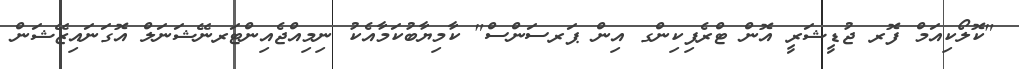
"ކޮލޯކިއަމް ފޮރ ޖުޑީޝަރީ އޮން ޓްރެފިކިންގ އިން ޕަރސަންސް" ކާމިޔާބުކަމާއެކު ނިމިއްޖެއިންޓަރނޭޝަނަލް އޮގަނައިޒޭޝަން